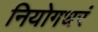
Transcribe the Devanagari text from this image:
नियोगधरं